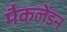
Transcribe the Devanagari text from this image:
मैकलेंडन